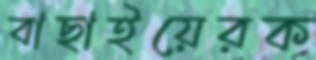
বাছাইয়েরক